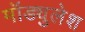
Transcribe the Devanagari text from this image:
मॉड्युलेश